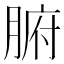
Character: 腑